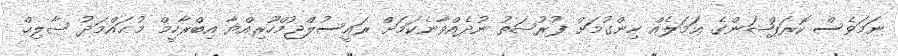
ނަމަވެސް ކޮރަޕްޝަންގެ ޢަމަލެއް ހިންގުމަށް ފުރުޞަތު ނުދެއްވާނެކަމަށް ރައީސުލްޖުމްހޫރިއްޔާ އިބްރާހީމް މުޙައްމަދު ޞާލިޙް